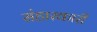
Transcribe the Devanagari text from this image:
संहारकारी